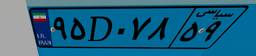
۱۲D۷۹۹۰۱